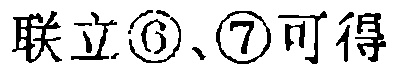
联立\textcircled{6}、\textcircled{7}可得